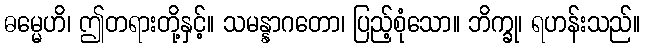
ဓမ္မေဟိ၊ ဤတရားတို့နှင့်။ သမန္နာဂတော၊ ပြည့်စုံသော။ ဘိက္ခု၊ ရဟန်းသည်။